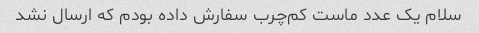
سلام یک عدد ماست کم‌چرب سفارش داده بودم که ارسال نشد